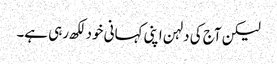
لیکن آج کی دلہن اپنی کہانی خود لکھ رہی ہے۔